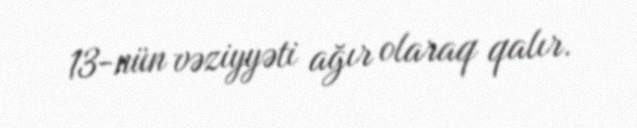
13-nün vəziyyəti ağır olaraq qalır.